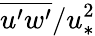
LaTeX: \overline{{u^{\prime}w^{\prime}}}/u_{*}^{2}